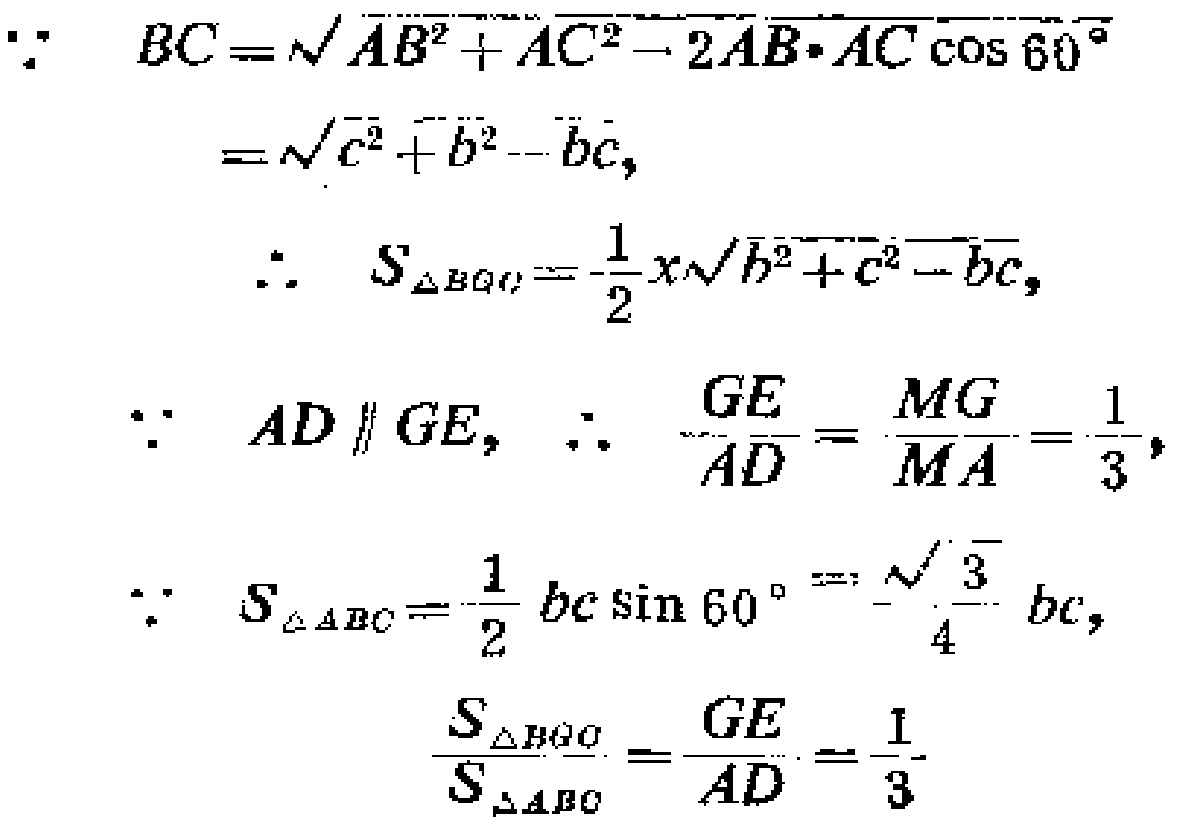
\[
\begin{align*}
\because BC&=\sqrt{AB^{2}+AC^{2}-2AB\cdot AC\cos60^{\circ}}\\
&=\sqrt{c^{2}+b^{2}-bc},\\
\therefore S_{\triangle BGC}&=\frac{1}{2}x\sqrt{b^{2}+c^{2}-bc},\\
\because AD\parallel GE,\therefore \frac{GE}{AD}&=\frac{MG}{MA}=\frac{1}{3},\\
\because S_{\triangle ABC}&=\frac{1}{2}bc\sin60^{\circ}=\frac{\sqrt{3}}{4}bc,\\
\frac{S_{\triangle BGC}}{S_{\triangle ABC}}&=\frac{GE}{AD}=\frac{1}{3}
\end{align*}
\]